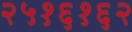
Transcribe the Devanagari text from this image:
२५१६१६२